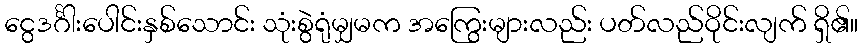
ငွေဒင်္ဂါးပေါင်းနှစ်သောင်း သုံးစွဲရုံမျှမက အကြွေးများလည်း ပတ်လည်ဝိုင်းလျက် ရှိ၏။